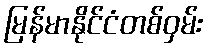
မြန်မာနိုင်ငံတစ်ဝှမ်း